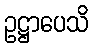
ဥဋ္ဌာပေသိ